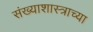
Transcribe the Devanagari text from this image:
संख्याशास्त्राच्या